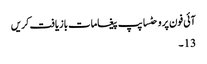
آئی فون پر وحٹساپپ پیغامات بازیافت کریں
13 ۔